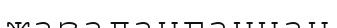
жазаланғаннан